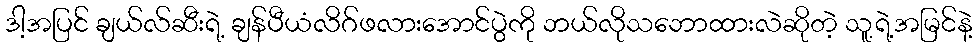
ဒါ့အပြင် ချယ်လ်ဆီးရဲ့ ချန်ပီယံလိဂ်ဖလားအောင်ပွဲကို ဘယ်လိုသဘောထားလဲဆိုတဲ့ သူ့ရဲ့အမြင်နဲ့